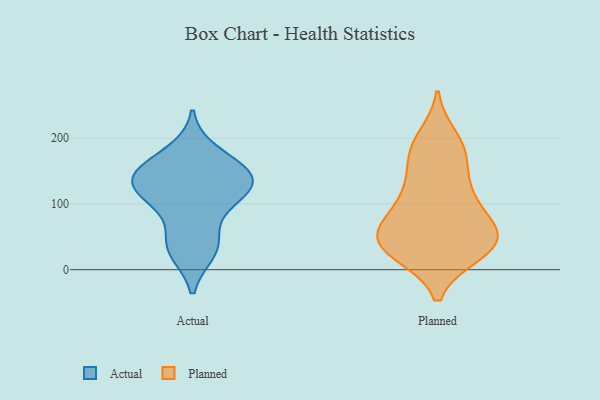
{"axis": {"x": "Latency (ms)", "y": "Value"}, "legend": ["Actual", "Planned"], "data": [{"x": "", "y": 149, "type": "Actual"}, {"x": "", "y": 47, "type": "Actual"}, {"x": "", "y": 149, "type": "Actual"}, {"x": "", "y": 115, "type": "Actual"}, {"x": "", "y": 112, "type": "Actual"}, {"x": "", "y": 178, "type": "Actual"}, {"x": "", "y": 149, "type": "Actual"}, {"x": "", "y": 132, "type": "Actual"}, {"x": "", "y": 28, "type": "Actual"}, {"x": "", "y": 137, "type": "Actual"}, {"x": "", "y": 33, "type": "Actual"}, {"x": "", "y": 104, "type": "Actual"}, {"x": "", "y": 31, "type": "Planned"}, {"x": "", "y": 69, "type": "Planned"}, {"x": "", "y": 43, "type": "Planned"}, {"x": "", "y": 104, "type": "Planned"}, {"x": "", "y": 50, "type": "Planned"}, {"x": "", "y": 116, "type": "Planned"}, {"x": "", "y": 184, "type": "Planned"}, {"x": "", "y": 186, "type": "Planned"}, {"x": "", "y": 114, "type": "Planned"}, {"x": "", "y": 57, "type": "Planned"}, {"x": "", "y": 24, "type": "Planned"}, {"x": "", "y": 25, "type": "Planned"}, {"x": "", "y": 61, "type": "Planned"}, {"x": "", "y": 168, "type": "Planned"}, {"x": "", "y": 25, "type": "Planned"}, {"x": "", "y": 47, "type": "Planned"}, {"x": "", "y": 71, "type": "Planned"}, {"x": "", "y": 200, "type": "Planned"}, {"x": "", "y": 142, "type": "Planned"}]}